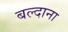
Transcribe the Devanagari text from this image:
बल्दाना